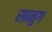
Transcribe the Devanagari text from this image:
सानुग